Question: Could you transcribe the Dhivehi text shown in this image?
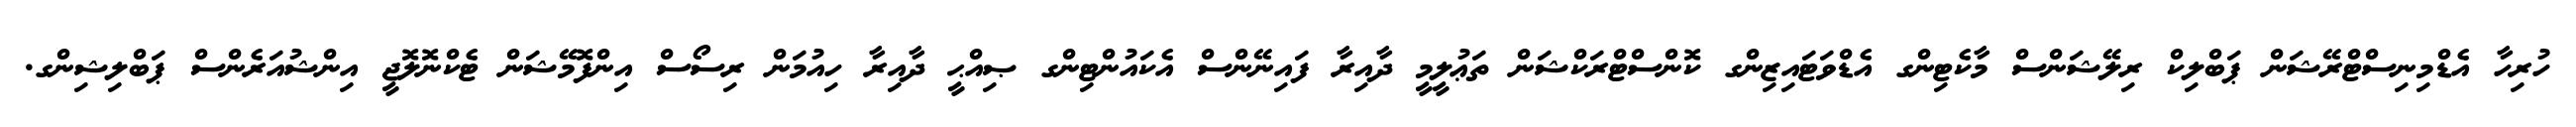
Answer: ހުރިހާ އެޑްމިނިސްޓްރޭޝަން ޕަބްލިކް ރިލޭޝަންސް މާކެޓިންގ އެޑްވަޓައިޒިންގ ކޮންސްޓްރަކްޝަން ތަޢުލީމީ ދާއިރާ ފައިނޭންސް އެކައުންޓިންގ ޞިއްޙީ ދާއިރާ ހިއުމަން ރިސޯސް އިންފޮމޭޝަން ޓެކްނޮލޮޖީ އިންޝުއަރެންސް ޕަބްލިޝިންގ.